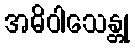
အဓိဝါသေန္တု